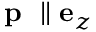
\textbf { p } \parallel \mathbf { e } _ { z }